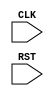
module seq_test_v2 (
    input CLK, RST
);
    localparam P = 15;
    integer arb_seq_count = 0, clk3_count = 0;
    reg [P:0] update_sequence = 0;
    reg first = 0;
    always @(posedge CLK) begin
        if (RST) begin
            update_sequence <= {P{1'b0}};
            clk3_count <= 0;
            arb_seq_count <= 0;
            first <= 1'b1;
        end
        else if (first) begin
            clk3_count <= 0;
            arb_seq_count <= 0;
            update_sequence <= 1;
            first <= 1'b0;
        end
        else if (arb_seq_count < P + 1) begin
            if (clk3_count < 3) begin
                if (clk3_count == 0) begin
                    update_sequence <= 1 << arb_seq_count;
                    clk3_count <= clk3_count + 1;
                end
                else if (clk3_count == 1) begin
                    update_sequence <= {P{1'b0}};
                    clk3_count <= clk3_count + 1;
                end
                else if (clk3_count == 2) begin
                    update_sequence <= (arb_seq_count == P) ? 1 : 1 << (arb_seq_count + 1);
                    clk3_count <= 0;
                    arb_seq_count <= (arb_seq_count == P) ? 0 : arb_seq_count + 1;
                end
            end
        end
    end
endmodule